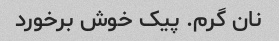
نان گرم. پیک خوش برخورد